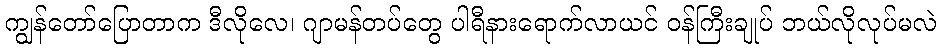
ကျွန်တော်ပြောတာက ဒီလိုလေ၊ ဂျာမန်တပ်တွေ ပါရီနားရောက်လာယင် ဝန်ကြီးချုပ် ဘယ်လိုလုပ်မလဲ